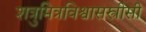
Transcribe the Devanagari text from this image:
शत्रुमित्रविश्वासस्त्रीसी